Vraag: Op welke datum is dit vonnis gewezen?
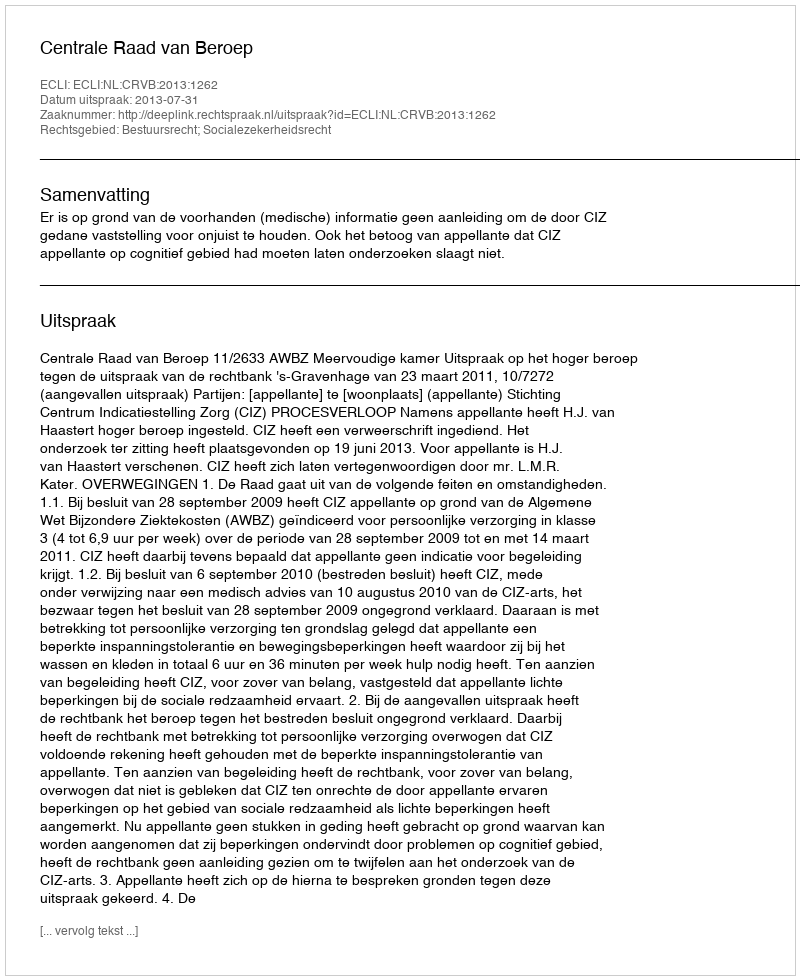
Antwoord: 2013-07-31